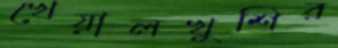
খেয়ালখুশির